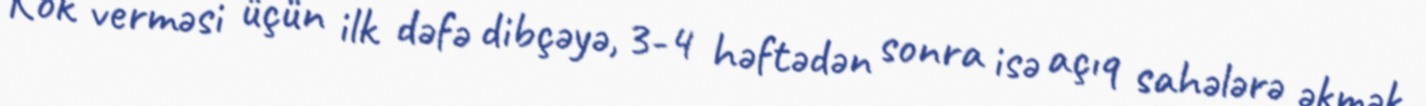
Kök verməsi üçün ilk dəfə dibçəyə, 3-4 həftədən sonra isə açıq sahələrə əkmək